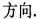
方向.